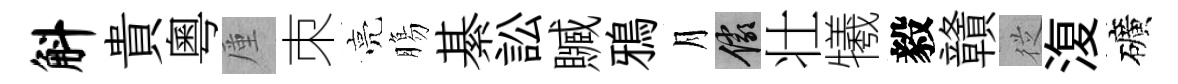
斛貴粵厪朿亮膓綦訟贓鴉月儼壮犧毅贛従𣸪礦